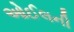
ઓઈલની